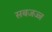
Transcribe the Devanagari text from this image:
सबजज्ज